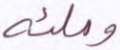
وملئه